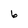
Character: 6